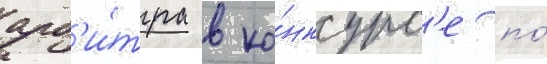
арб'и́тра в ко́нкурс'е по́